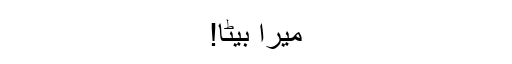
میرا بیٹا!